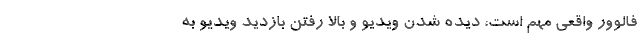
فالوور واقعی مهم است، دیده شدن ویدیو و بالا رفتن بازدید ویدیو به